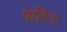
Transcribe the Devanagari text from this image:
पतिः।।